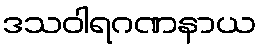
ဒသဝါရဂဏနာယ